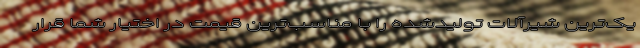
یک‌ترین شیرآلات تولیدشده را با مناسب‌ترین قیمت در اختیار شما قرار